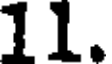
11.